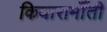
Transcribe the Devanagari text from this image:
कियारामॉँती